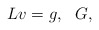
\begin{align*}Lv=g,\ \ G, \end{align*}